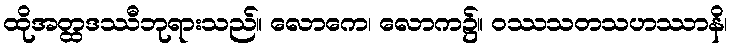
ထိုအတ္ထဒဿီဘုရားသည်။ လောကေ၊ လောက၌။ ဝဿသတသဟဿာနိ၊